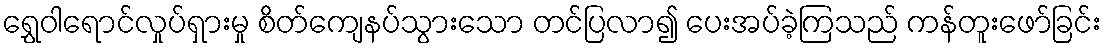
ရွှေဝါရောင်လှုပ်ရှားမှု စိတ်ကျေနပ်သွားသော တင်ပြလာ၍ ပေးအပ်ခဲ့ကြသည် ကန်တူးဖော်ခြင်း